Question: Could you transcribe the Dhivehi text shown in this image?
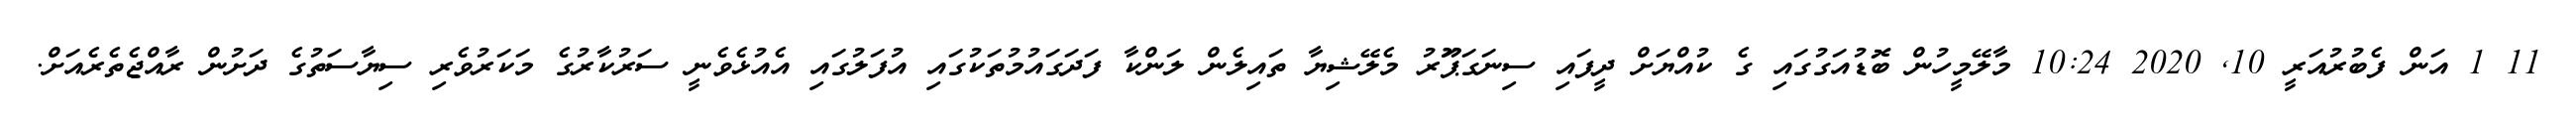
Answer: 11 1 އަން ފެބުރުއަރީ 10, 2020 10:24 މާލޭމީހުން ބޮޑުއަގުގައި ގެ ކުއްޔަށް ދީފައި ސިނަގަޕަޫރު މެލޭޝިޔާ ތައިލެން ލަންކާ ފަދަގައުމުތަކުގައި އުފަލުގައި އެއުޅެވެނީ ސަރުކާރުގެ މަކަރުވެރި ސިޔާސަތުގެ ދަށުން ރާއްޖެތެރެއަށް.